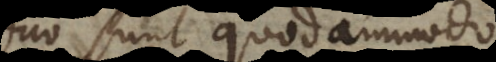
duo sunt quodammodo